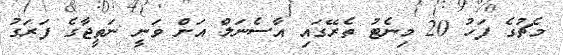
މެޗުގެ ފަހު 20 މިނެޓު ތެރޭގައި އާސެނަލް އަށް ވަނީ ނަތީޖާގެ ފަރަގު